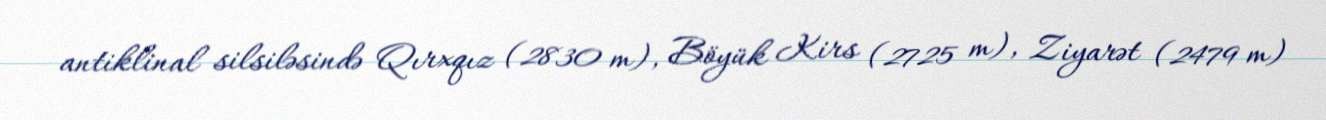
antiklinal silsiləsində Qırxqız (2830 m), Böyük Kirs (2725 m), Ziyarət (2479 m)